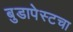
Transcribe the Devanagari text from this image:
बुडापेस्टचा